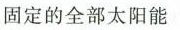
固定的全部太阳能